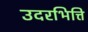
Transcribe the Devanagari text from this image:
उदरभित्ति